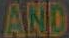
AND